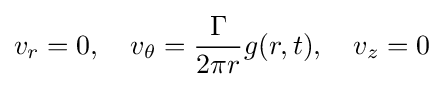
v_{r}=0,\quad v_{\theta }={\frac {\Gamma }{2\pi r}}g(r,t),\quad v_{z}=0